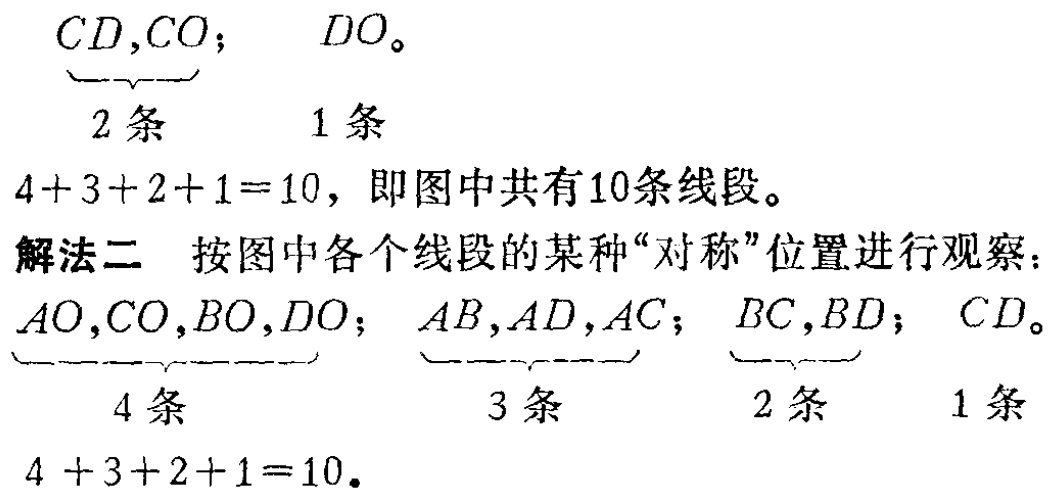
$CD,CO;\ \ \ DO。$

$\underbrace{}_{2条}\ \ \ \ \ 1条$

$4 + 3 + 2 + 1 = 10，即图中共有10条线段。$

解法二 按图中各个线段的某种“对称”位置进行观察：

$AO,CO,BO,DO;\ \ \ AB,AD,AC;\ \ \ BC,BD;\ \ \ CD。$

$\underbrace{}_{4条}\ \ \ \ \ \underbrace{}_{3条}\ \ \ \ \ \underbrace{}_{2条}\ \ \ \ \ 1条$

$4 + 3 + 2 + 1 = 10.$